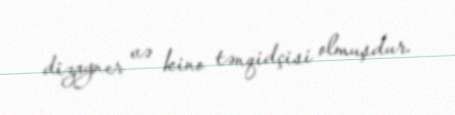
dizayner və kino tənqidçisi olmuşdur.